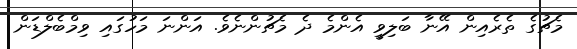
މެޗުގެ ތެރެއިން އޭނާ ބަލިވީ އެންމެ ދެ މެޗުންނެވެ. އަންނަ މަހުގައި ވިމްބެލްޑަން